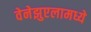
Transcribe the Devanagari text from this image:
वेनेझुएलामध्ये